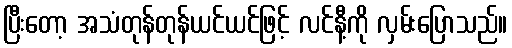
ပြီးတော့ အသံတုန်တုန်ယင်ယင်ဖြင့် လင်နီ့ကို လှမ်းပြောသည်။